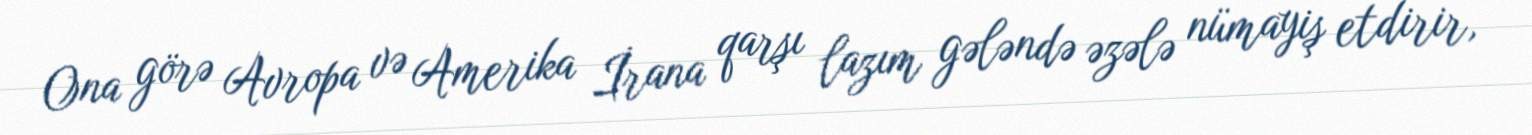
Ona görə Avropa və Amerika İrana qarşı lazım gələndə əzələ nümayiş etdirir,